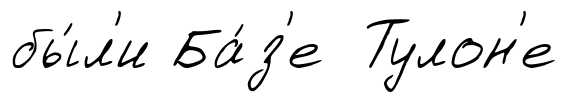
бы́л'и Ба́з'е Тулон'е